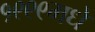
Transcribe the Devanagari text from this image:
१९९९मधे